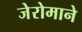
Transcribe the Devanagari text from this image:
जेरोमाने